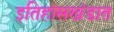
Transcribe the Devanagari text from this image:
इतिहासखंडात